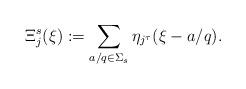
LaTeX: \begin{align*}\Xi_j^s(\xi):= \sum_{a/q \in \Sigma_{s}} \eta_{j^{\tau}}(\xi - a/q).\end{align*}